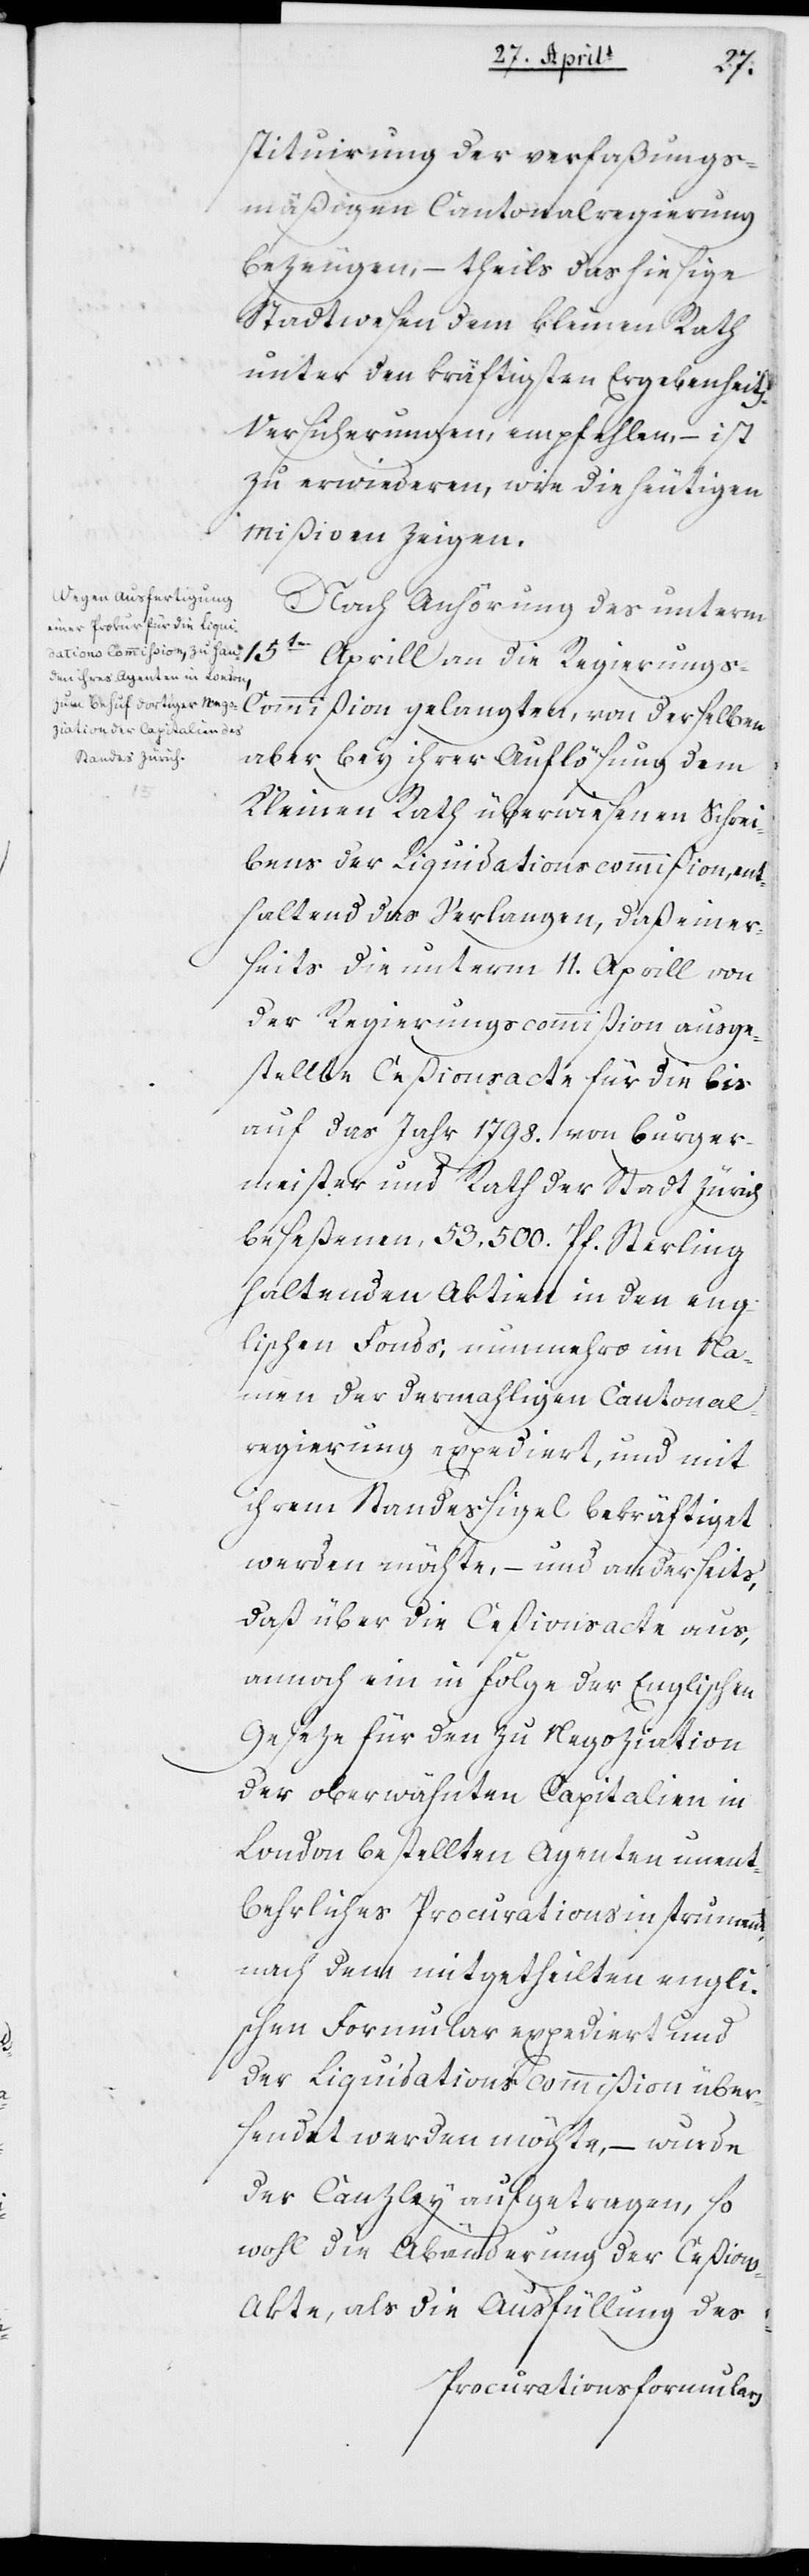
15ten Aprill
stituierung der verfaßungs¬
mäßigen Kantonalregierung
bezeugen, – theils das hiesige
Stadtwesen dem kleinen Rath
unter den kräftigsten Ergebenheits-V¬
ersicherungen, empfehlen, – ist
zu erwiederen, wie die heutigen
Mißiven zeigen.
Nach Anhörung des unterm
an die Regierungs-Kommißion gelangten, von derselben
aber bey ihrer Auflösung dem
Kleinen Rath überwiesenen Schrei¬
bens der Liquidationscommißion, ent¬
haltend das Verlangen, daß einer¬
seits die unterm 11ten Aprill von
der Regierungscommißion ausge¬
stellte Ceßionsacte für die bis
auf das Jahr 1798. von Burger¬
meister und Rath der Stadt Zürich
beseßenen 53.500. Pfund Sterling
haltenden Aktiven in den eng¬
lischen Fonds, nunmehro im Na¬
men der dermaligen Cantonal¬
regierung expediert, und mit
ihrem Standessigel bekräftiget
werden möchte, – und anderseits,
daß über die Ceßionsakte aus,
annoch ein in Folge der englischen
Geseze für den zu Negoziation
der oberwähnten Capitalien in
London bestellten Agenten unent¬
behrliches Procurations-Instrument
nach dem mitgetheilten engli¬
schen Formular expediert und
der Liquidationscommißion über¬
sendet werden möchte, – wurde
der Kanzlei aufgetragen, so
wohl die Abänderung der Ceßion¬
s-Akte, als die Ausfüllung des